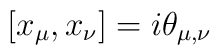
[x_\mu,x_\nu] = i \theta_{\mu,\nu}